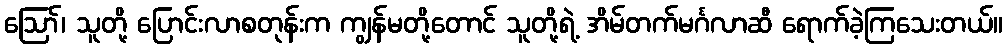
ဪ၊ သူတို့ ပြောင်းလာစတုန်းက ကျွန်မတို့တောင် သူတို့ရဲ့ အိမ်တက်မင်္ဂလာဆီ ရောက်ခဲ့ကြသေးတယ်။